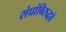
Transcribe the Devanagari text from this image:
संघांविरुद्धचे